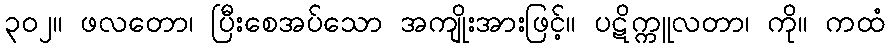
၃၀၂။ ဖလတော၊ ပြီးစေအပ်သော အကျိုးအားဖြင့်။ ပဋိက္ကူလတာ၊ ကို။ ကထံ